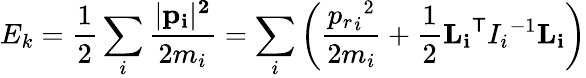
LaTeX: E_{k}={\frac{1}{2}}\sum_{i}{\frac{|{\mathbf{{p}_{i}|^{2}}}}{2m_{i}}}=\sum_{i}\left({\frac{{{p_{r}}_{i}}^{2}}{2m_{i}}}+{\frac{1}{2}}{\mathbf{{L}_{i}}}^{\textsf{T}}{I_{i}}^{-1}{\mathbf{{L}_{i}}}\right)